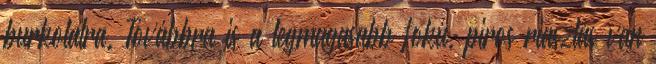
burkolatra. Továbbra is a legmagasabb fokú, piros riasztás van